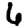
Digit: 6